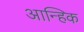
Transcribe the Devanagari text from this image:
आन्हिक